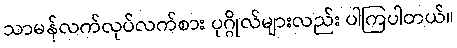
သာမန်လက်လုပ်လက်စား ပုဂ္ဂိုလ်များလည်း ပါကြပါတယ်။